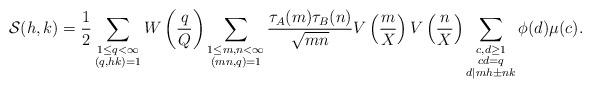
LaTeX: \begin{align*}\mathcal{S}(h,k) = \frac{1}{2} \sum_{\substack{1\leq q<\infty \\ (q,hk)=1}}W\left(\frac{q}{Q}\right) \sum_{\substack{1\leq m,n<\infty \\ (mn,q)=1}} \frac{\tau_A(m) \tau_B(n) }{\sqrt{mn}} V\left( \frac{m}{X} \right) V\left( \frac{n}{X} \right) \sum_{\substack{c,d\geq 1 \\ cd=q \\ d|mh\pm nk }} \phi(d)\mu(c).\end{align*}